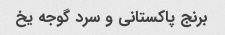
برنج پاکستانی و سرد گوجه یخ